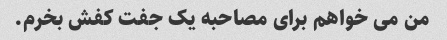
من می خواهم برای مصاحبه یک جفت کفش بخرم.